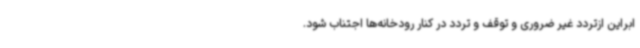
ابراین ازتردد غیر ضروری و توقف و تردد در کنار رودخانه‌ها اجتناب شود.